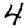
Digit: 4